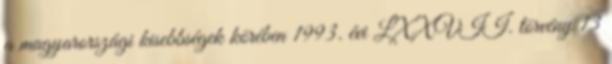
a magyarországi kisebbségek körében 1993. évi LXXVII. törvény 13